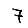
Digit: 7